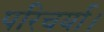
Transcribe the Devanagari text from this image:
परिचर्या।